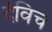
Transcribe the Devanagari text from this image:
दंविच